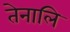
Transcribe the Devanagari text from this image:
तेनालि